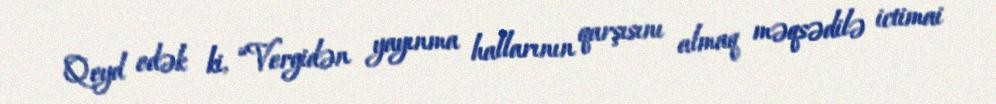
Qeyd edək ki, “Vergidən yayınma hallarının qarşısını almaq məqsədilə ictimai